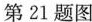
第21题图